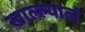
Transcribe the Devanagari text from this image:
खाल्ल्यालं